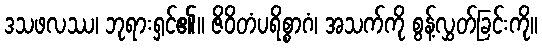
ဒသဖလဿ၊ ဘုရားရှင်၏။ ဇိဝိတံပရိစ္စာဂံ၊ အသက်ကို စွန့်လွှတ်ခြင်းကို။